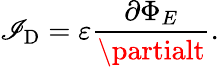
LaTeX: \mathscr{I}_{\mathrm{{D}}}=\varepsilon{\frac{{\partial\Phi_{E}}}{{\partialt}}}.